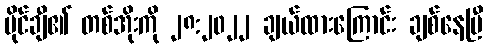
ပိုင်ချီ၏ တစ်အိုးကို ၂၈:၂၀၂၂ ချယ်ထားကြောင်း ချစ်နေပြီ